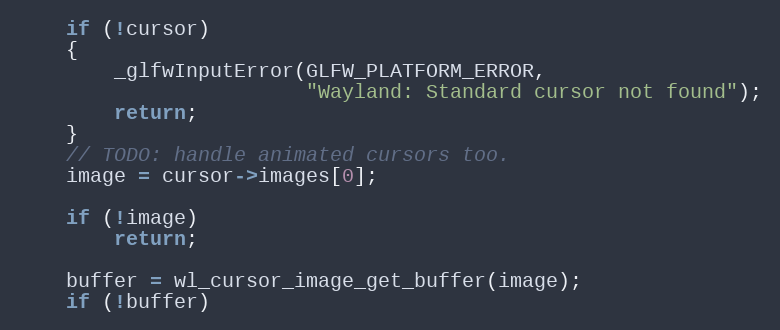
Language: C
    if (!cursor)
    {
        _glfwInputError(GLFW_PLATFORM_ERROR,
                        "Wayland: Standard cursor not found");
        return;
    }
    // TODO: handle animated cursors too.
    image = cursor->images[0];

    if (!image)
        return;

    buffer = wl_cursor_image_get_buffer(image);
    if (!buffer)